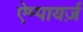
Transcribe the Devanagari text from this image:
ऐम्पायर्ज़